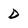
Character: D